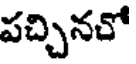
పచ్చినచో